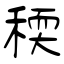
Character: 稬